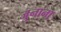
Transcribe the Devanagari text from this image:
जुनाना